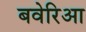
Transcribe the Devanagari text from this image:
बवेरिआ